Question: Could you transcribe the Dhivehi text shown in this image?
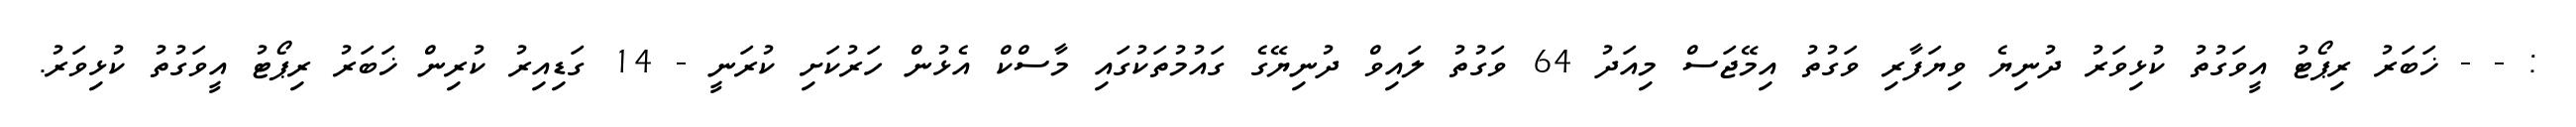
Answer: : - - ޚަބަރު ރިޕޯޓު އީވަގުތު ކުޅިވަރު ދުނިޔެ ވިޔަފާރި ވަގުތު އިމޭޖަސް މިއަދު 64 ވަގުތު ލައިވް ދުނިޔޭގެ ގައުމުތަކުގައި މާސްކް އެޅުން ހަރުކަށި ކުރަނީ - 14 ގަޑިއިރު ކުރިން ޚަބަރު ރިޕޯޓު އީވަގުތު ކުޅިވަރު.